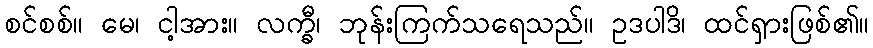
စင်စစ်။ မေ၊ ငါ့အား။ လက္ခီ၊ ဘုန်းကြက်သရေသည်။ ဥဒပါဒိ၊ ထင်ရှားဖြစ်၏။